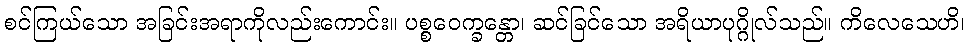
စင်ကြယ်သော အခြင်းအရာကိုလည်းကောင်း။ ပစ္စဝေက္ခန္တော၊ ဆင်ခြင်သော အရိယာပုဂ္ဂိုလ်သည်။ ကိလေသေဟိ၊